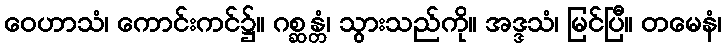
ဝေဟာသံ၊ ကောင်းကင်၌။ ဂစ္ဆန္တံ၊ သွားသည်ကို။ အဒ္ဒသံ၊ မြင်ပြီ။ တမေနံ၊